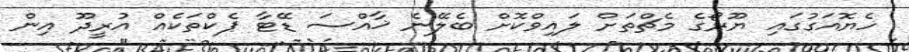
ހެޔޮއަގުގައި ޔޫރޯގެ މެޗްތަށް ލައިވްކޮށް ބެލޭނެ ޚާއްސަ ޑޭޓާ ޕެކްތަކެއް އުރީދޫ އިން